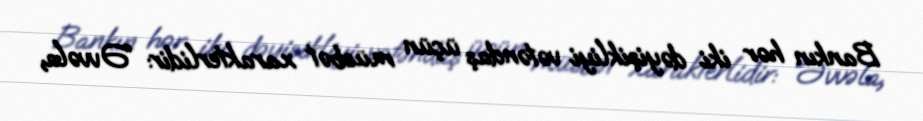
Bankın hər iki dəyişikliyi vətəndaş üçün müsbət xarakterlidir: “Əvvəla,